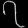
Digit: ၇